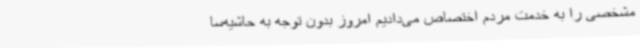
مشخصی را به خدمت مردم اختصاص می‌دادیم امروز بدون توجه به حاشیه‌سا